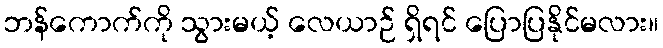
ဘန်ကောက်ကို သွားမယ့် လေယာဉ် ရှိရင် ပြောပြနိုင်မလား။